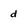
Character: d